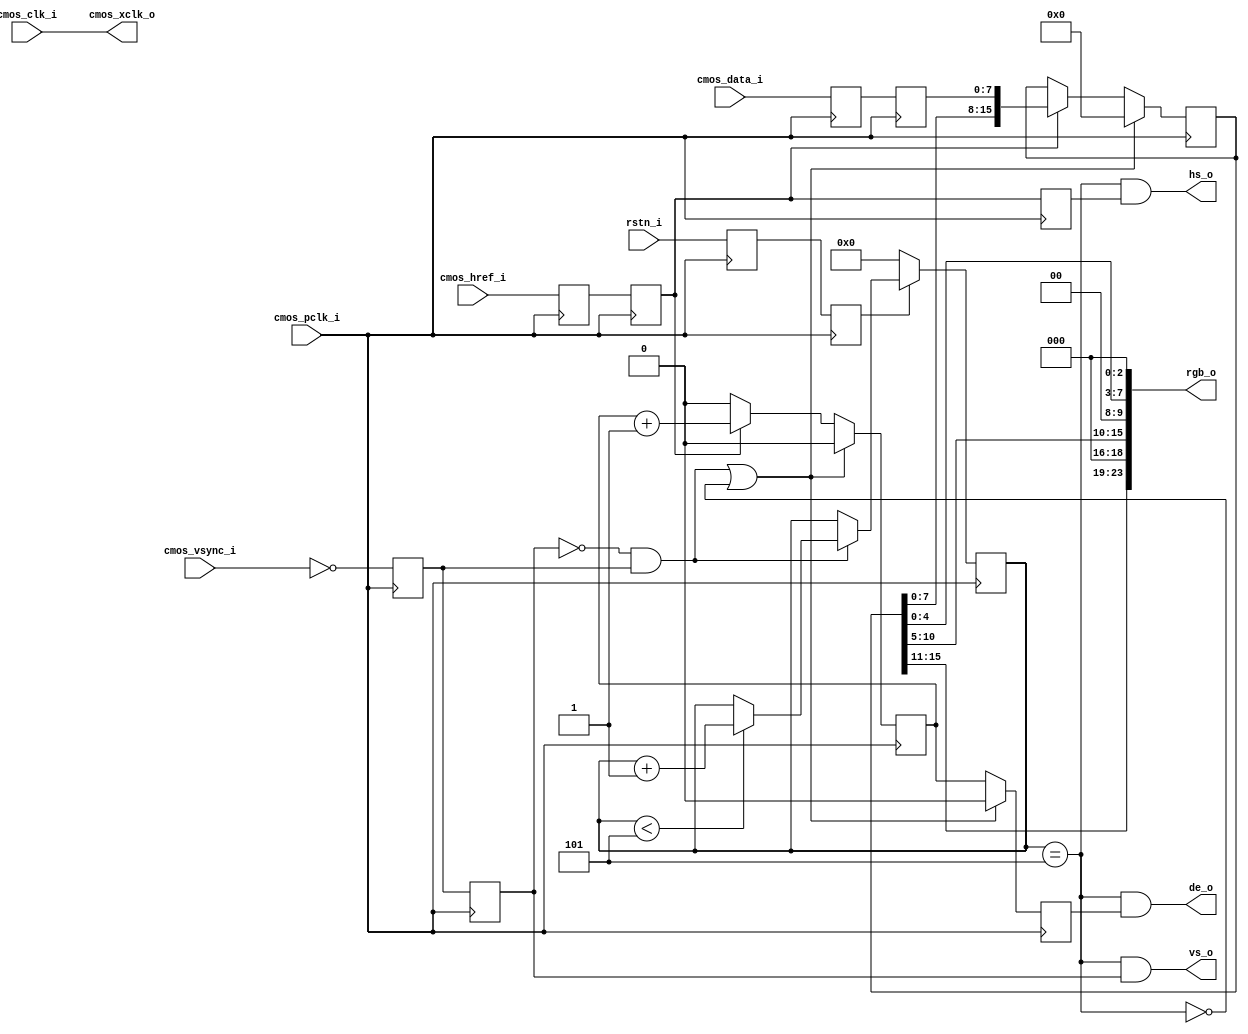
`timescale 1ns / 1ps

//////////////////////////////////////////////////////////////////////////////////
/*
Company : Liyang Milian Electronic Technology Co., Ltd.
Brand: (milianke)
Technical forum:uisrc.com
taobao: milianke.taobao.com
taobao: osrc.taobao.com
Create Date: 2020/02/17
Module Name: uiOVSensorRGB565
Description: 
Copyright: Copyright (c) milianke
Revision: 1.0
Signal description:
1) _i input
2) _o output
3) _n activ low
4) _dg debug signal 
5) _r delay or register
6) _s state mechine
*/
////////////////////////////////////////////////////////////////////////////////

module uiSensorRGB565(
    input rstn_i,
	input cmos_clk_i,//cmos senseor clock.
	input cmos_pclk_i,//input pixel clock.
	input cmos_href_i,//input pixel hs signal.
	input cmos_vsync_i,//input pixel vs signal.
	input [7:0]cmos_data_i,//data.
	output cmos_xclk_o,//output clock to cmos sensor.
    output [23:0] rgb_o,
    output de_o,
    output vs_o,
    output hs_o
    );
    
assign cmos_xclk_o = cmos_clk_i; 
     
reg cmos_href_r1 = 1'b0,cmos_href_r2 = 1'b0,cmos_href_r3 = 1'b0;
reg cmos_vsync_r1 = 1'b0,cmos_vsync_r2 = 1'b0;
reg [7:0]cmos_data_r1 = 8'b0;
reg [7:0]cmos_data_r2 = 8'b0;    

(* ASYNC_REG = "TRUE" *) reg rstn1,rstn2;

always@(posedge cmos_pclk_i)begin
    rstn1 <= rstn_i;
    rstn2 <= rstn1;
end



always@(posedge cmos_pclk_i)begin
       cmos_href_r1  <= cmos_href_i;
       cmos_href_r2  <= cmos_href_r1;
       cmos_href_r3  <= cmos_href_r2;       
       cmos_data_r1  <= cmos_data_i;
       cmos_data_r2  <= cmos_data_r1;
       cmos_vsync_r1 <= ~cmos_vsync_i;      
       cmos_vsync_r2 <= cmos_vsync_r1;       
end    

parameter FRAM_FREE_CNT = 5;
reg [7:0]vs_cnt;
wire vs_p = !cmos_vsync_r2&&cmos_vsync_r1;
always@(posedge cmos_pclk_i)begin
    if(!rstn2)begin
        vs_cnt <= 8'd0;
    end 
    else if(vs_p)begin
        if(vs_cnt < FRAM_FREE_CNT)
            vs_cnt <= vs_cnt + 1'b1;
         else
            vs_cnt <= vs_cnt;
    end
end    

wire out_en = (vs_cnt == FRAM_FREE_CNT);
//output data 8bit changed into 16bit in rgb565.

reg href_cnt   = 1'b0;
reg data_en  = 1'b0;
reg [15:0]rgb2 = 32'd0;
always@(posedge cmos_pclk_i)begin
	if(vs_p||(~out_en))begin
	   href_cnt  <= 1'd0;
	   data_en   <= 1'b0;
	   rgb2      <= 16'd0;
	end	
	else begin
	   href_cnt  <= cmos_href_r2 ?  href_cnt + 1'b1 : 1'b0 ;
       data_en   <= (href_cnt==1'd1);
       if(cmos_href_r2) begin
            rgb2 <= {rgb2[7:0],cmos_data_r2};
       end    
	end	
end

assign  rgb_o  = {rgb2[15:11],3'd0,rgb2[10:5],2'd0,rgb2[4:0],3'd0};

assign	de_o   =  out_en && data_en ;
assign	vs_o   =  out_en && cmos_vsync_r2 ;
assign	hs_o   =  out_en && cmos_href_r3 ;

endmodule